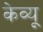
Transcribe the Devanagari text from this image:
केव्यू